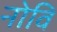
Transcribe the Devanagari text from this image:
नोवि